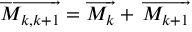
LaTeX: \overrightarrow { M _ { k , k + 1 } } = \overrightarrow { M _ { k } } + \, \overrightarrow { M _ { k + 1 } }